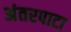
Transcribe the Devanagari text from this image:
अंतरपाटा